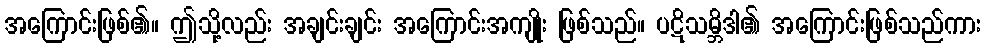
အကြောင်းဖြစ်၏။ ဤသို့လည်း အချင်းချင်း အကြောင်းအကျိုး ဖြစ်သည်။ ပဋိသမ္ဘိဒါ၏ အကြောင်းဖြစ်သည်ကား